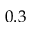
0 . 3